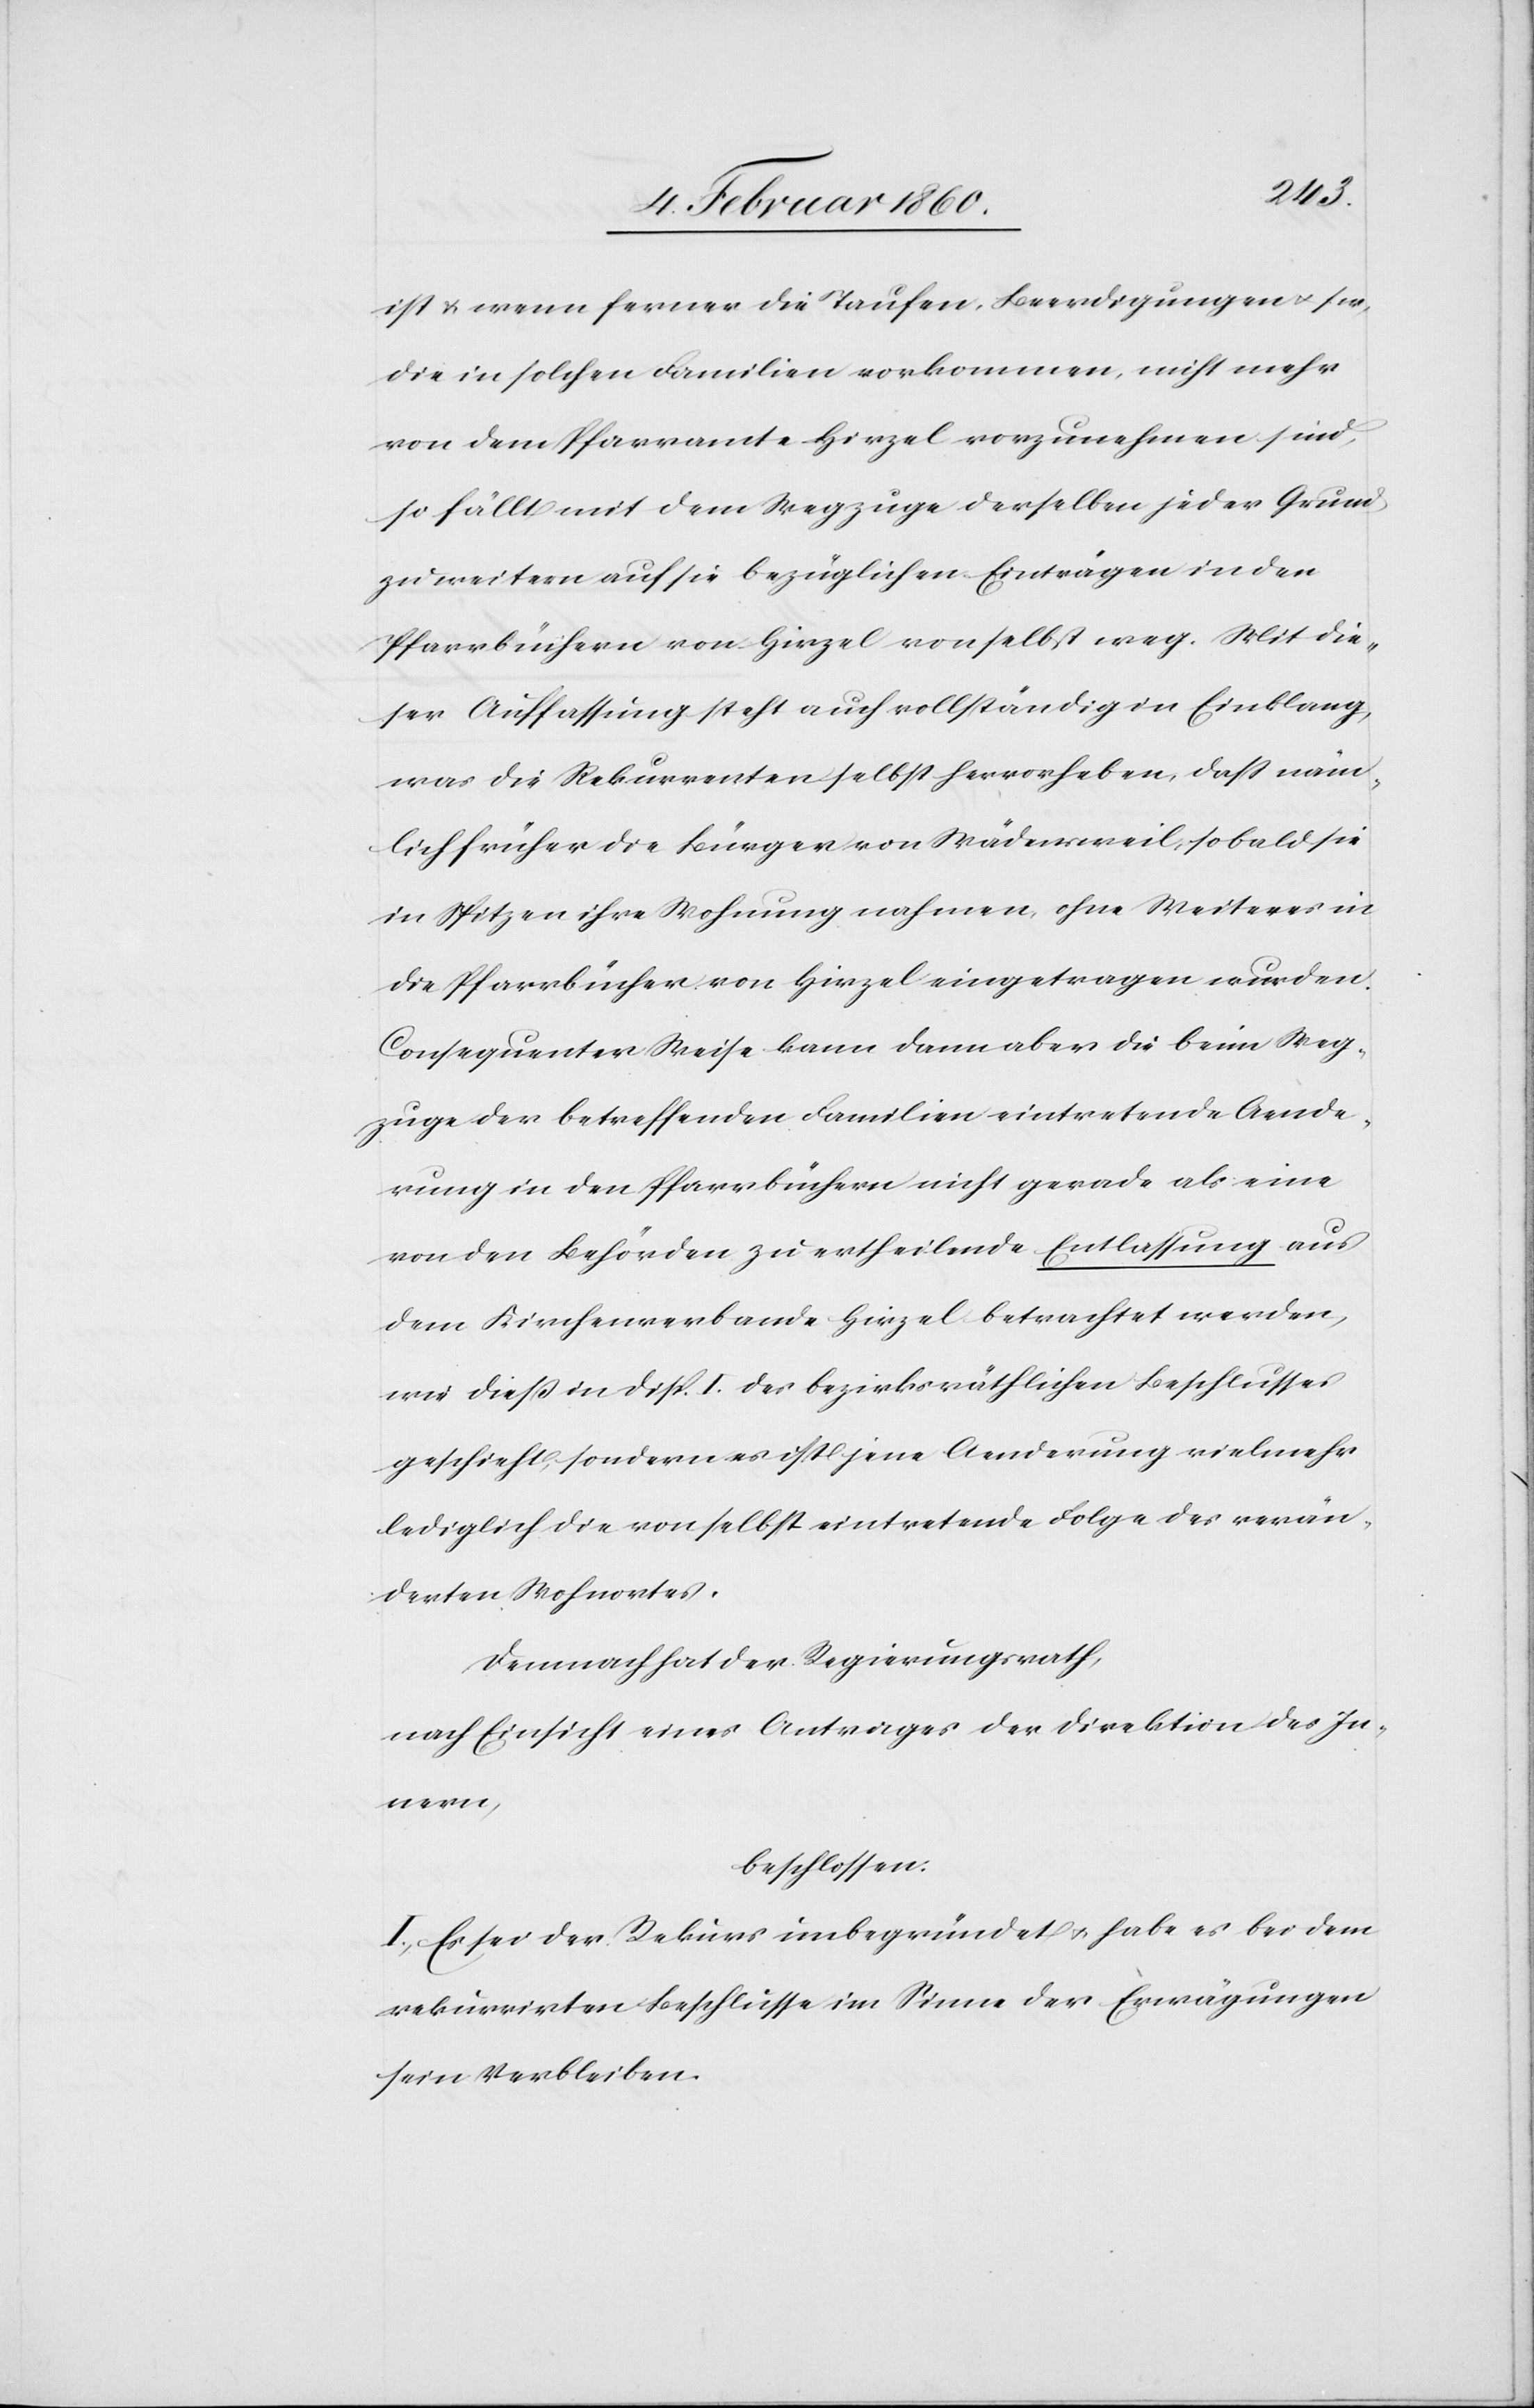
ist u. wenn ferner die Taufen, Beerdigungen u. s. w.
die in solchen Familien vorkommen, nicht mehr
von dem Pfarramte Hirzel vorzunehmen sind,
so fällt mit dem Wegzuge derselben jeder Grund
zu weitern auf die bezüglichen Einträge in den
Pfarrbüchern von Hirzel von selbst weg. Mit die¬
ser Auffassung steht auch vollständig in Einklang,
was die Rekurrenten selbst hervorheben, dass näm¬
lich früher die Bürger von Wädensweil, sobald sie
in Spitzen ihre Wohnung nahmen, ohne Weiteres in
die Pfarrbücher von Hirzel eingetragen wurden.
Consequenter Weise kann dann aber die beim Weg¬
zuge der betreffenden Familien eintretende Aende¬
rung in den Pfarrbüchern nicht gerade als eine
von den Behörden zu ertheilende Entlassung aus
dem Kirchenverbande Hirzel betrachtet werden,
wie diess in Disp. I. des bezirksräthlichen Beschlusses
geschieht, sondern es ist jene Aenderung vielmehr
lediglich die von selbst eintretende Folge des verän¬
derten Wohnortes.
Demnach hat der Regierungsrath,
nach Einsicht eines Antrages der Direktion des In¬
nern,
beschlossen:
I. Es sei der Rekurs unbegründet u. habe es bei dem
rekurrirten Beschlusse im Sinne der Erwägungen
sein Verbleiben.